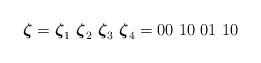
LaTeX: \begin{align*}\mbox{\boldmath $\zeta$}=\mbox{\boldmath $\zeta$}_1~\mbox{\boldmath $\zeta$}_2~\mbox{\boldmath $\zeta$}_3~\mbox{\boldmath $\zeta$}_4=00~10~01~10\end{align*}